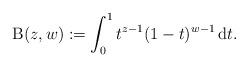
LaTeX: \begin{align*}\operatorname{B}(z,w):=\int_{0}^1t^{z-1}(1-t)^{w-1}\operatorname{d}\!t.\end{align*}